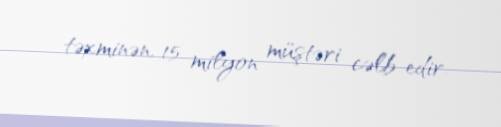
təxminən, 15 milyon müştəri cəlb edir.